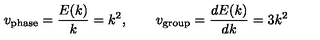
v _ { \mathrm { p h a s e } } = { \frac { E ( k ) } { k } } = k ^ { 2 } , \qquad v _ { \mathrm { g r o u p } } = { \frac { d E ( k ) } { d k } } = 3 k ^ { 2 }